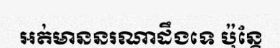
អត់មាននរណាដឹងទេ ប៉ុន្តែ